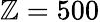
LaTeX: \mathbb{Z}=500